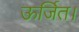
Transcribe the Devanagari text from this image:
ऊर्जित।